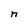
Character: n